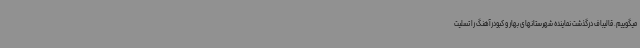
میگوییم. قالیباف درگذشت نماینده شهرستانهای بهار و کبودرآهنگ را تسلیت